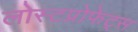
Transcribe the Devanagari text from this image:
लोस्टप्रोफेट्स